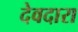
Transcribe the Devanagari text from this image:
देवदारा